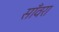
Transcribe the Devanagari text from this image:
साँवरा